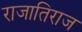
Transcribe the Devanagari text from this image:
राजातिराज